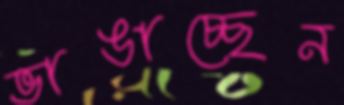
ভাঙাচ্ছেন